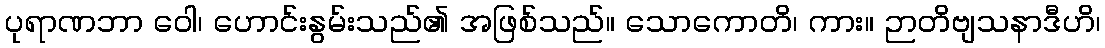
ပုရာဏဘာ ဝေါ၊ ဟောင်းနွမ်းသည်၏ အဖြစ်သည်။ သောကောတိ၊ ကား။ ဉာတိဗျသနာဒီဟိ၊